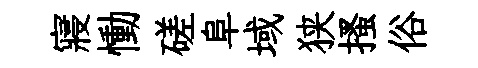
寢慟磋阜域狭搔俗